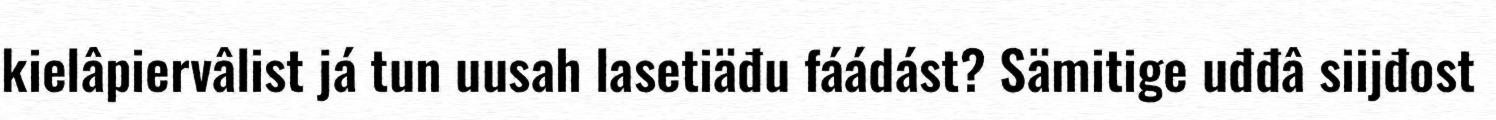
kielâpiervâlist já tun uusah lasetiäđu fáádást? Sämitige uđđâ siijđost